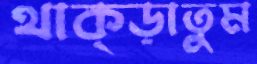
থাক্‌ড়াতুম